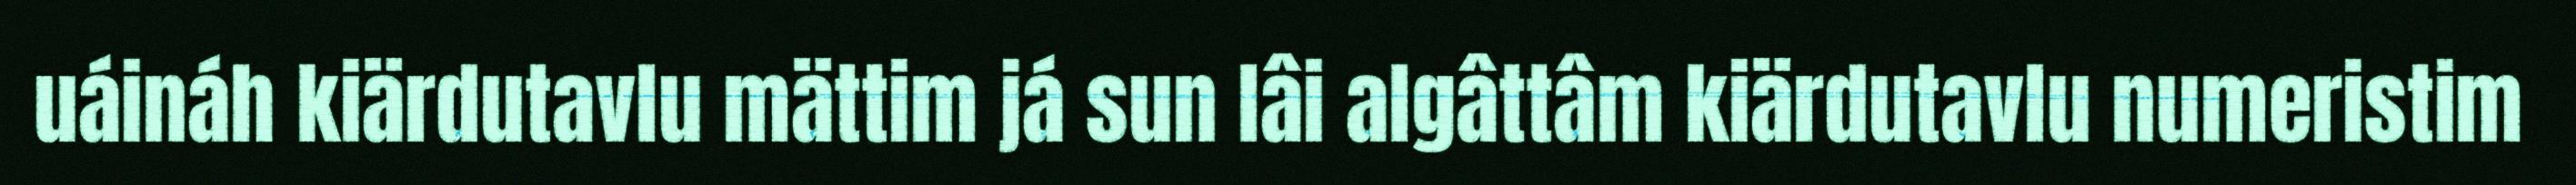
uáináh kiärdutavlu mättim já sun lâi algâttâm kiärdutavlu numeristim